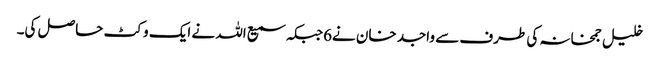
خلیل جمخانہ کی طرف سے واجد خان نے6جبکہ سمیع اللہ نے ایک وکٹ حاصل کی۔